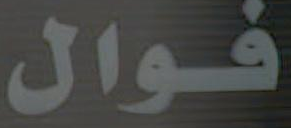
فوال